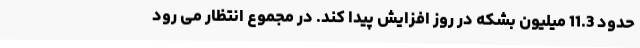
حدود 11.3 میلیون بشکه در روز افزایش پیدا کند. در مجموع انتظار می رود